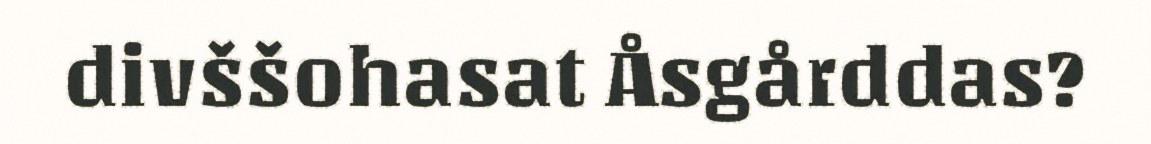
divššohasat Åsgårddas?